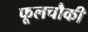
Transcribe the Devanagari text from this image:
फूलचौकी